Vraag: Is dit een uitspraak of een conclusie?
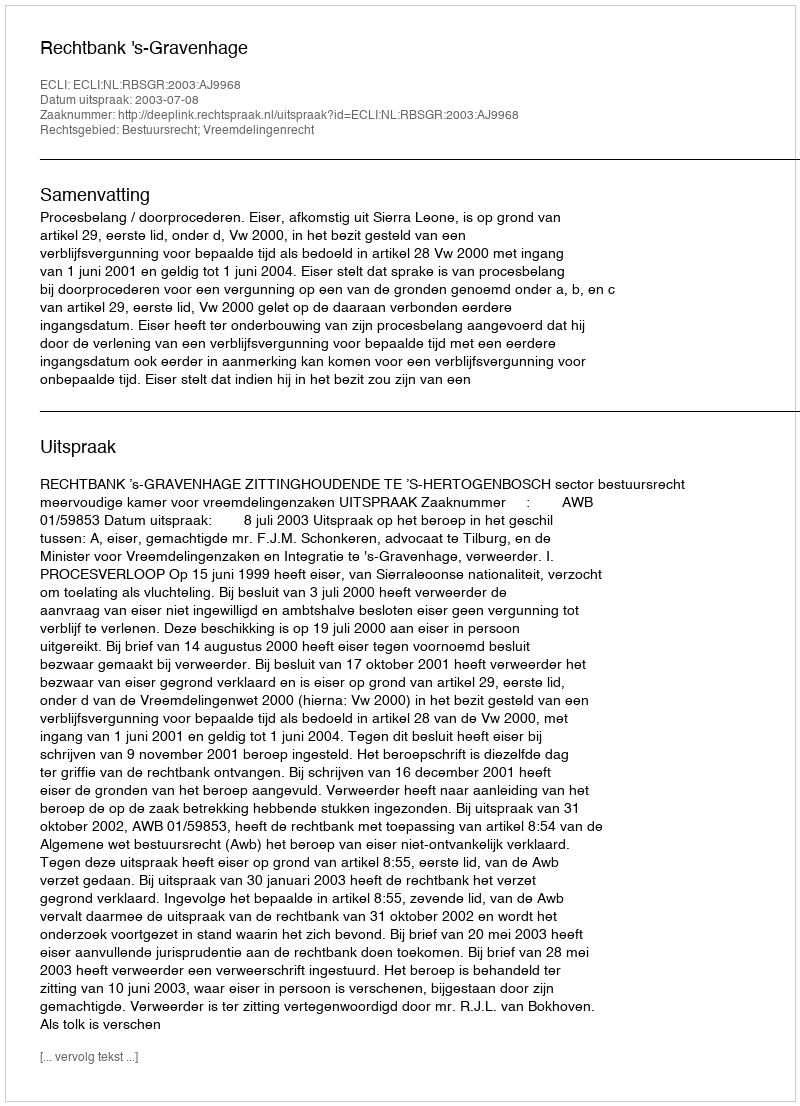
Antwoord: Uitspraak